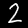
Digit: 2